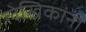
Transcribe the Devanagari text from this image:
लेखिकांना